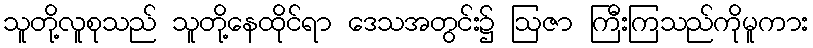
သူတို့လူစုသည် သူတို့နေထိုင်ရာ ဒေသအတွင်း၌ ဩဇာ ကြီးကြသည်ကိုမူကား